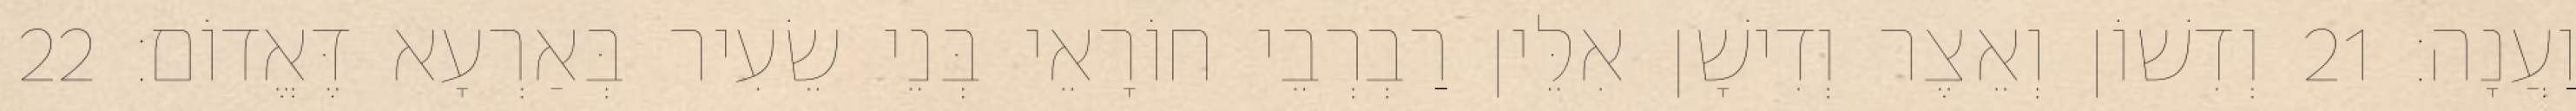
וַעֲנָה׃ 21 וְדִשׁוֹן וְאֵצֶר וְדִישָׁן אִלֵּין רַבְרְבֵי חוֹרָאֵי בְּנֵי שֵׂעִיר בְּאַרְעָא דֶּאֱדוֹם׃ 22